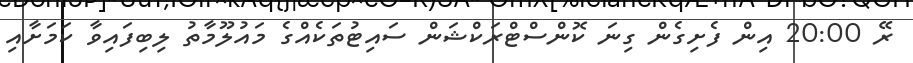
ރޭ 20:00 އިން ފެށިގެން ގިނަ ކޮންސްޓްރަކްޝަން ސައިޓުތަކެއްގެ މައުލޫމާތު ލިބިފައިވާ ކަމަށާއި